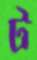
ট